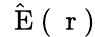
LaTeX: \hat{\mathrm{~\mathbf~E~}}(\mathrm{~\mathbf~r~})